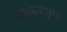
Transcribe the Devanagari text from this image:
नामांकनांनुसार